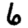
Digit: 6